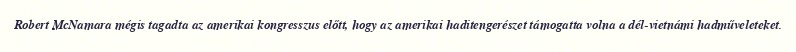
Robert McNamara mégis tagadta az amerikai kongresszus előtt, hogy az amerikai haditengerészet támogatta volna a dél-vietnámi hadműveleteket.